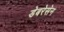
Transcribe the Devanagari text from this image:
डेबरेसेन